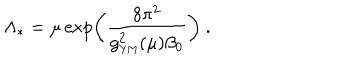
\Lambda _ { * } = \mu \exp \left( { \frac { 8 \pi ^ { 2 } } { g _ { \mathrm { { \small Y M } } } ^ { 2 } ( \mu ) \beta _ { 0 } } } \right) ~ .